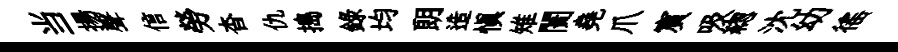
当揚聲信勞杳仇搗錄均朗造慎雉闠堯爪賔吸緫沈幼徭